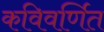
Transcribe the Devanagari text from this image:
कविवर्णित